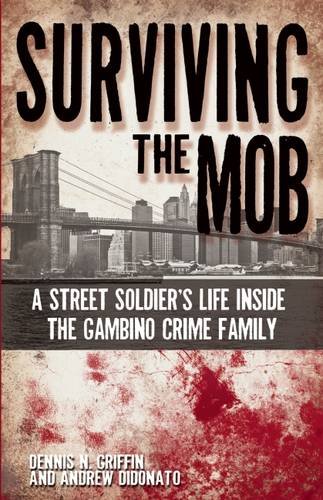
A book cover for Surviving the Mob: A Street Soldier's Life Inside the Gambino Crime Family; Dennis N. Griffin; Biographies & Memoirs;